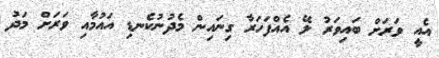
އެއީ ވަރަށް ބައިވަރު ލޭ އެއްފަހަރާ ގިނައިން މެދުނުކެނޑި އައުމާއި ވަރަށް މަދު